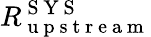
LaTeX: R_{\mathrm{~u~p~s~t~r~e~a~m~}}^{\mathrm{~S~Y~S~}}